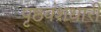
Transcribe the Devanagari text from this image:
पृष्ठवंशधारी